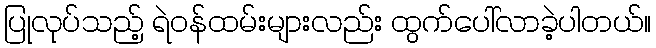
ပြုလုပ်သည့် ရဲဝန်ထမ်းများလည်း ထွက်ပေါ်လာခဲ့ပါတယ်။